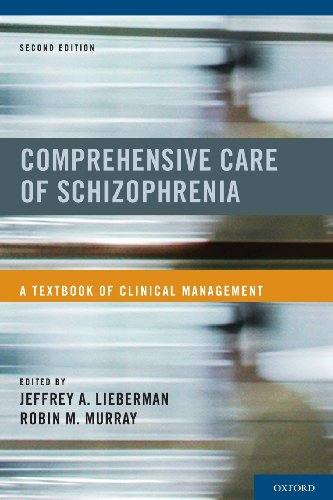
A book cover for Comprehensive Care of Schizophrenia: A Textbook of Clinical Management; Health, Fitness & Dieting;